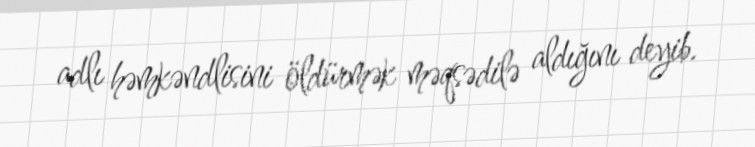
adlı həmkəndlisini öldürmək məqsədilə aldığını deyib.